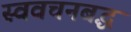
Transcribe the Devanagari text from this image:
स्ववचनबद्ध